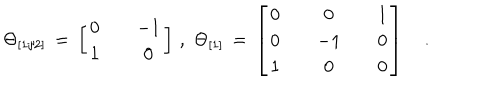
LaTeX: \Theta _ { [ 1 / 2 ] } \, = \, \left[ \begin{array} { c c c } { { 0 } } & { { { } } } & { { - 1 } } \\ { { 1 } } & { { { } } } & { { 0 } } \\ \end{array} \right] \, , \, \, \Theta _ { [ 1 ] } \, = \, \left[ \begin{array} { c c c c c } { { 0 } } & { { { } } } & { { 0 } } & { { { } } } & { { 1 } } \\ { { 0 } } & { { { } } } & { { - 1 } } & { { { } } } & { { 0 } } \\ { { 1 } } & { { { } } } & { { 0 } } & { { { } } } & { { 0 } } \\ \end{array} \right] \quad .